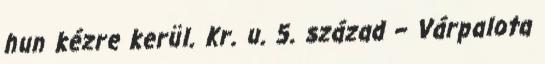
hun kézre kerül. Kr. u. 5. század – Várpalota